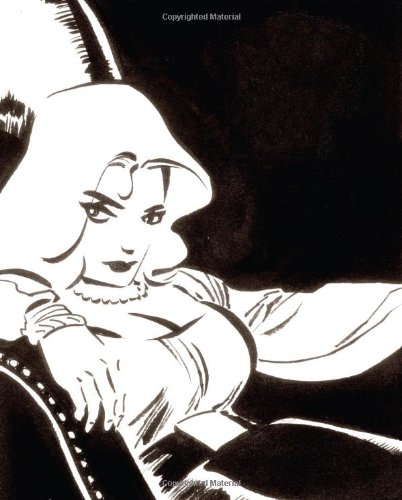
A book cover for The Comics Journal #291 (No. 291); Comics & Graphic Novels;